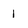
Character: 1